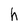
Character: h